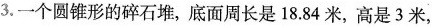
3.一个圆锥形的碎石堆，底面周长是18.84米，高是3米，